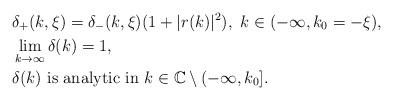
LaTeX: \begin{align*}&\delta_+(k,\xi) = \delta_-(k,\xi) (1+|r(k)|^2), \ k\in(-\infty, k_0=-\xi),\\&\lim\limits_{k\to\infty}\delta(k) = 1,\\&\delta(k) \mbox{ is analytic in } k\in\mathbb{C}\setminus(-\infty,k_0].\end{align*}